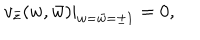
v _ { \bar { z } } ( w , \bar { w } ) | _ { w = \bar { w } = \pm 1 } = 0 ,